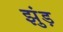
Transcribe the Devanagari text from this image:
झुंड़